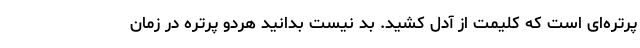
پرتره‌ای است که کلیمت از آدل کشید. بد نیست بدانید هردو پرتره در زمان